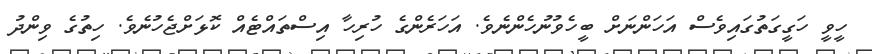
ހީވީ ހަގީގަތުގައިވެސް އަހަންނަށް ބީހެވުނުހެންނެވެ. އަހަރެންގެ ހުރިހާ އިސްތައްޓެއް ކޮޅަށްޖެހުނެވެ. ހިތުގެ ވިންދު